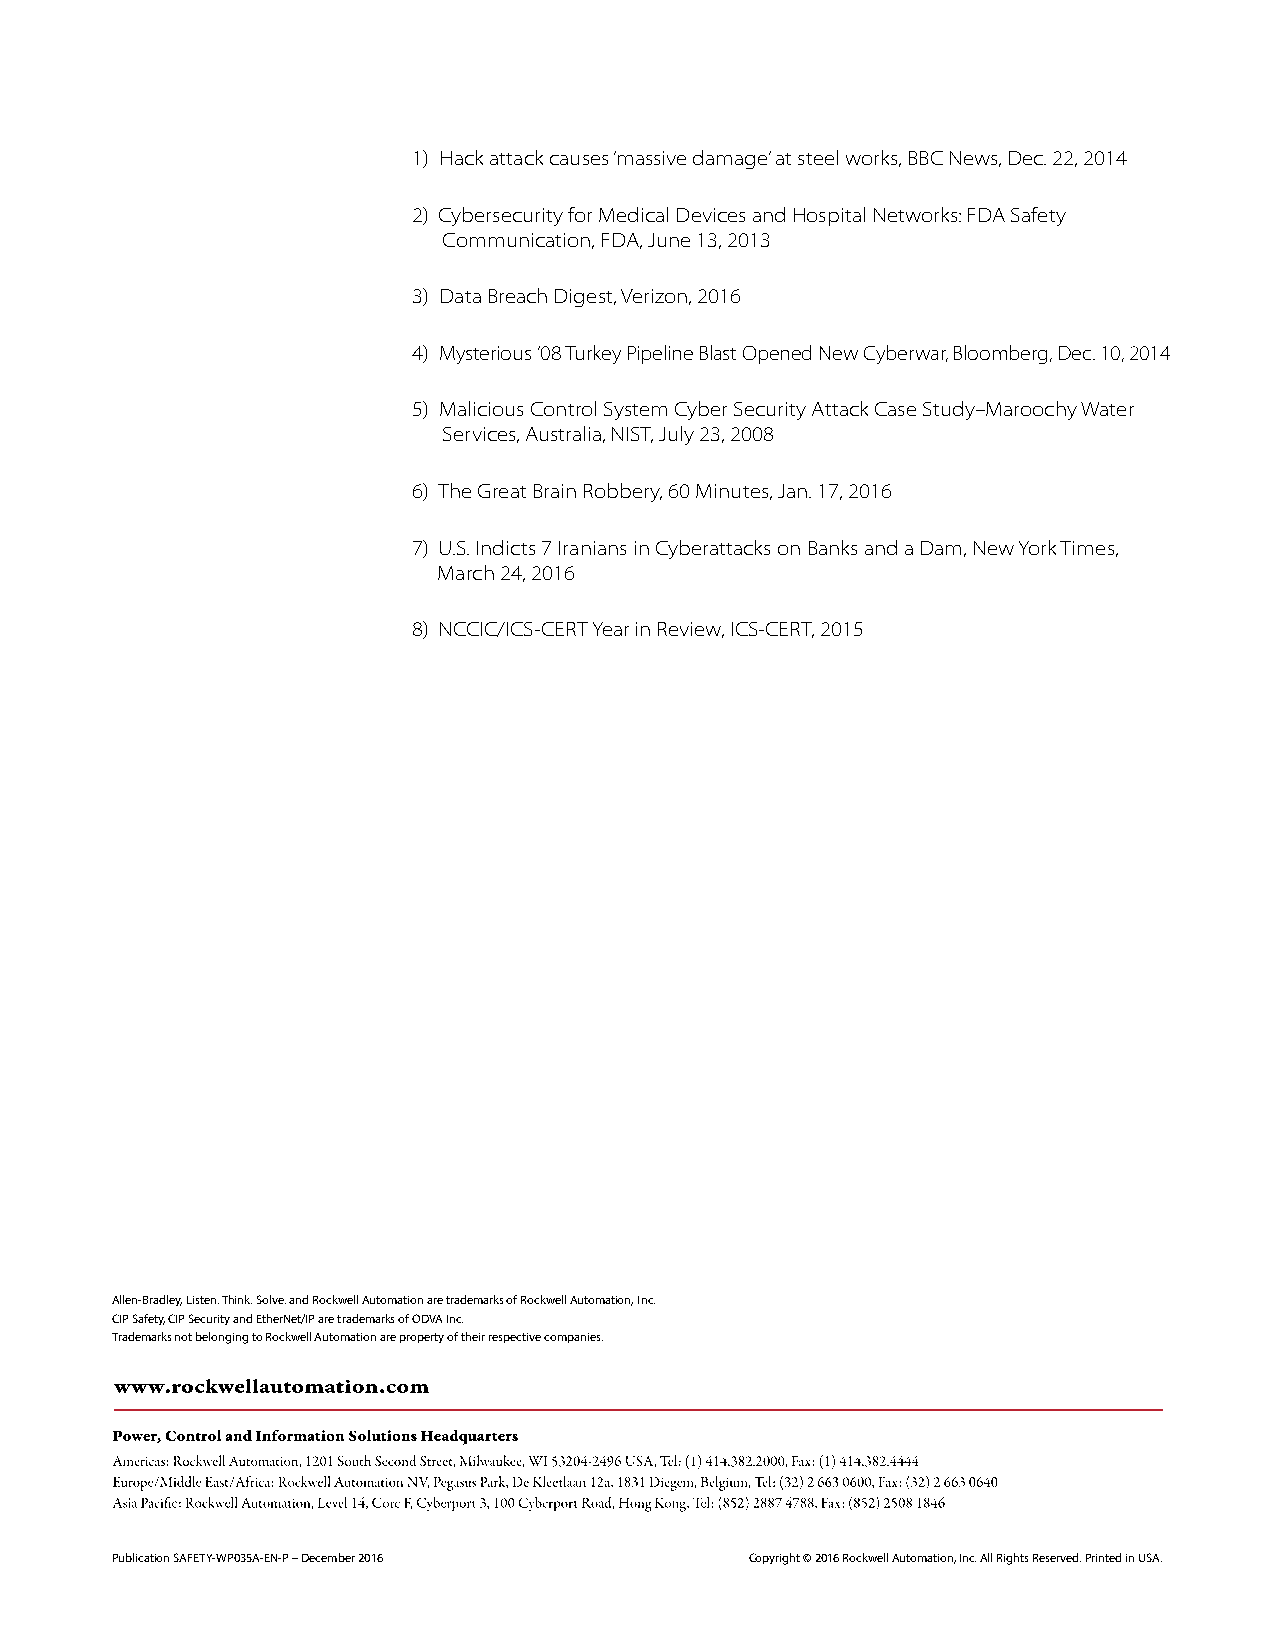
1) Hack attack causes ‘massive damage’ at steel works, BBC News, Dec. 22, 2014
 2) Cybersecurity for Medical Devices and Hospital Networks: FDA Safety
 Communication, FDA, June 13, 2013
 3) Data Breach Digest, Verizon, 2016
 4) Mysterious ’08 Turkey Pipeline Blast Opened New Cyberwar, Bloomberg, Dec. 10, 2014
 5) Malicious Control System Cyber Security Attack Case Study–Maroochy Water
 Services, Australia, NIST, July 23, 2008
 6) The Great Brain Robbery, 60 Minutes, Jan. 17, 2016
 7) U.S. Indicts 7 Iranians in Cyberattacks on Banks and a Dam, New York Times,
 March 24, 2016
 8) NCCIC/ICS-CERT Year in Review, ICS-CERT, 2015
 Allen-Bradley, Listen. Think. Solve. and Rockwell Automation are trademarks of Rockwell Automation, Inc.
 CIP Safety, CIP Security and EtherNet/IP are trademarks of ODVA Inc.
 Trademarks not belonging to Rockwell Automation are property of their respective companies.
 Publication SAFETY-WP035A-EN-P – December 2016 Copyright © 2016 Rockwell Automation, Inc. All Rights Reserved. Printed in USA.